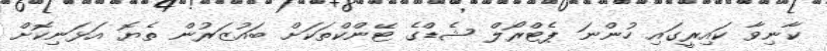
ކާނިވާ ކައިރީގައި ހުންނަ ޕެޓްރޯލް ޝެޑްގެ ޓޭންކްތަކަށް ބައުޒަރުން ތެޔޮ އަޅަނިކޮށް